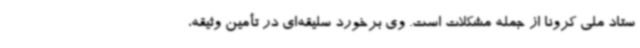
ستاد ملی کرونا از جمله مشکلات است. وی برخورد سلیقه‌ای در تأمین وثیقه،